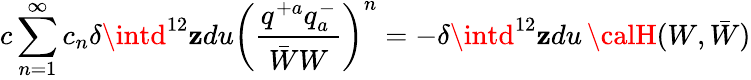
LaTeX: c\sum_{n=1}^{\infty}c_{n}\delta\intd^{12}\mathbf{z}du\left(\frac{{q^{+a}q_{a}^{-}}}{{\bar{{W}}W}}\right)^{n}=-\delta\intd^{12}\mathbf{z}du\, {\calH}(W,\bar{{W}})